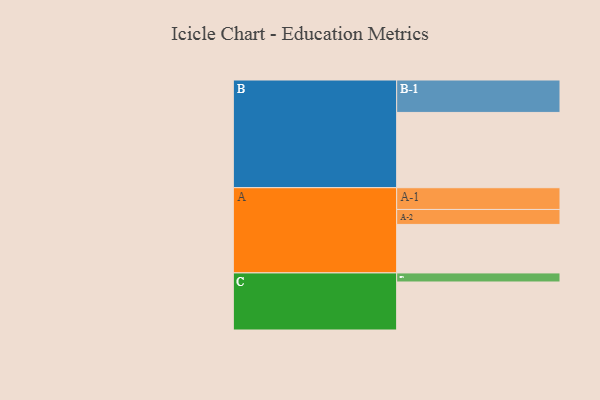
{"axis": {"x": "Segment", "y": "Value"}, "legend": ["", "A", "B", "C"], "data": [{"x": "A", "y": 386, "type": ""}, {"x": "B", "y": 599, "type": ""}, {"x": "C", "y": 382, "type": ""}, {"x": "A-1", "y": 173, "type": "A"}, {"x": "A-2", "y": 119, "type": "A"}, {"x": "B-1", "y": 258, "type": "B"}, {"x": "C-1", "y": 72, "type": "C"}]}